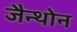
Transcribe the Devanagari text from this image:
जैन्थोन